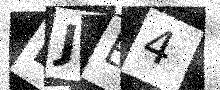
Text: LJB4